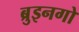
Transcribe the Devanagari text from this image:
ब्रुइनगो